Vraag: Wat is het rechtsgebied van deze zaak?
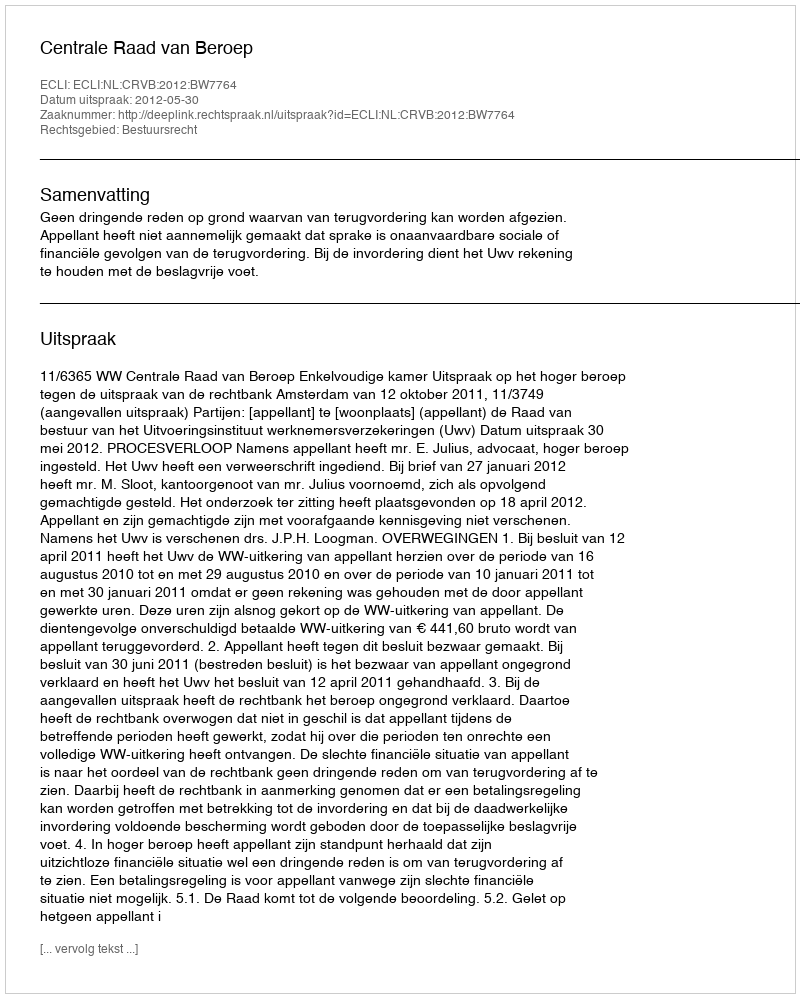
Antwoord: Bestuursrecht